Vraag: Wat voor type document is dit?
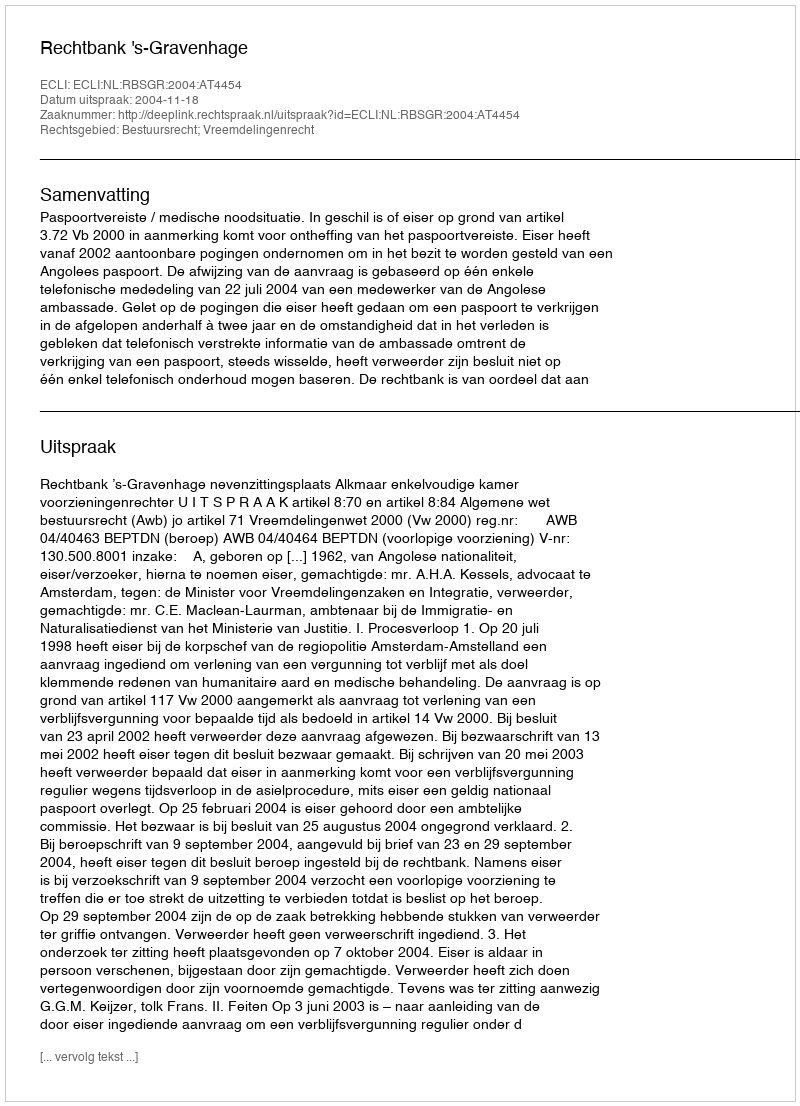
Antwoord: Uitspraak